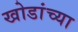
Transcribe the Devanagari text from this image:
खोडांच्या